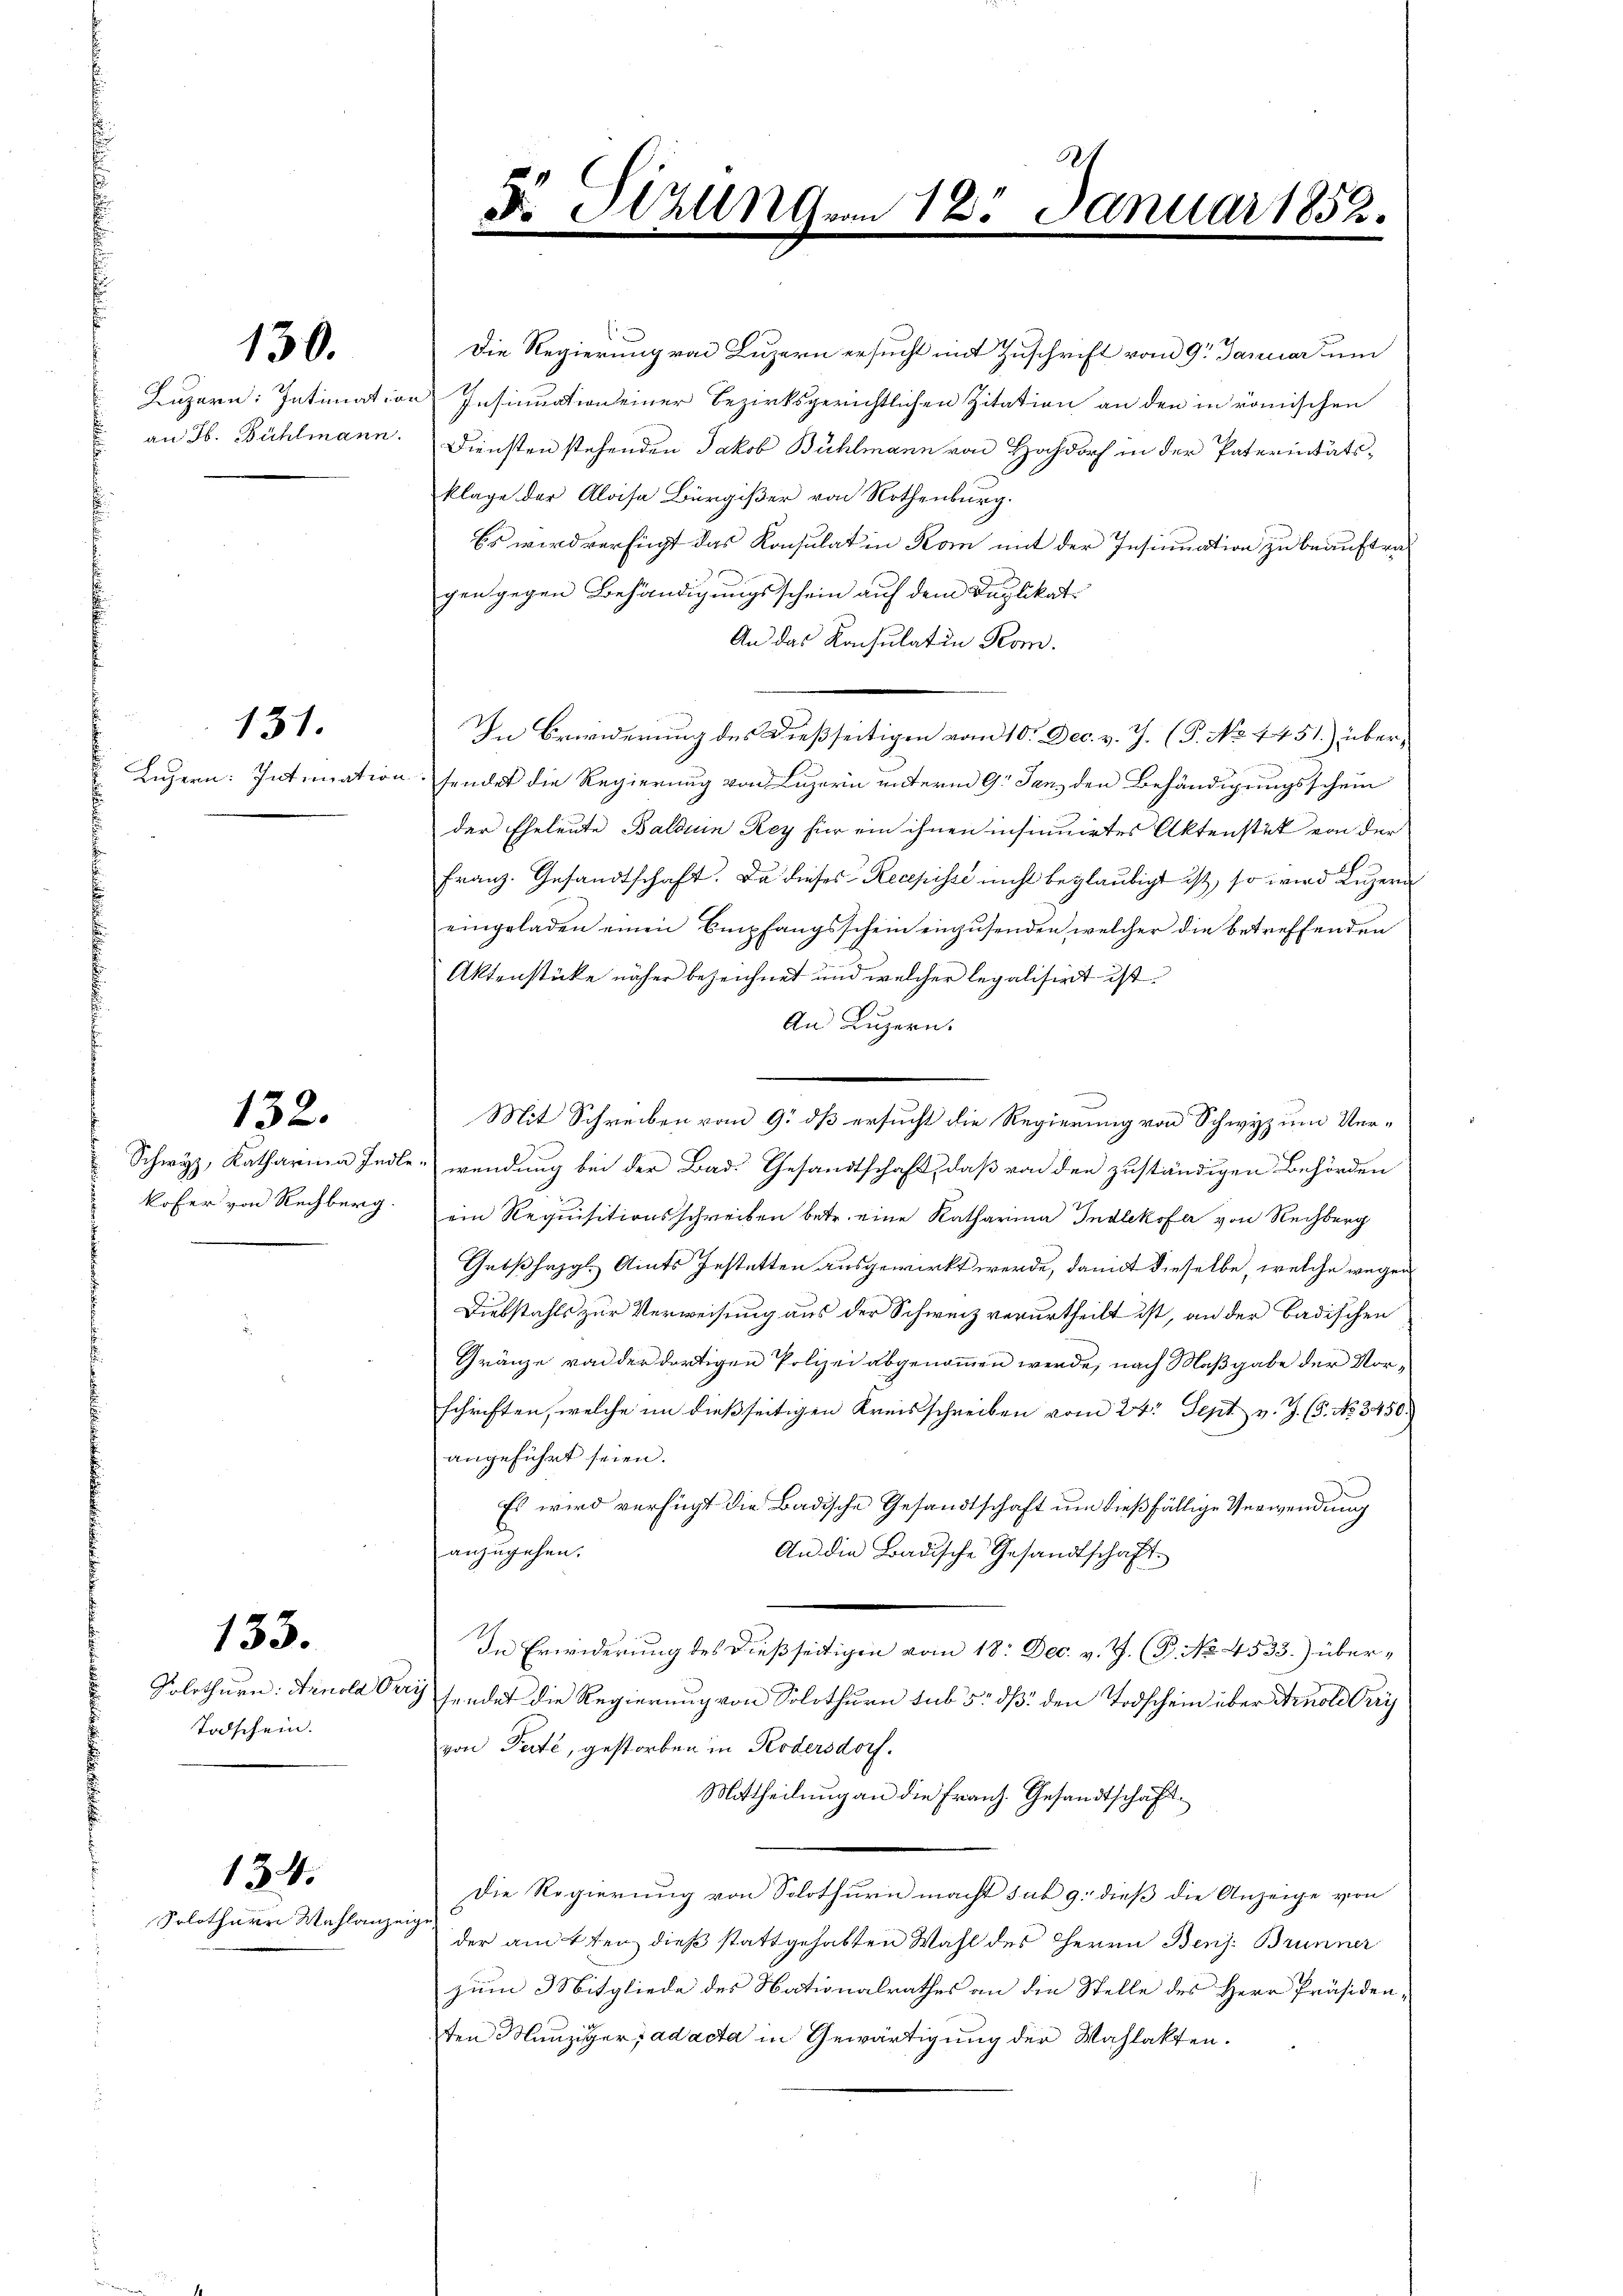
130.

Luzern: Intimation
an Jb. Bühlmann.

Luzern: Intimation

131.

132.

Schwyz, Katharina Indle
kofer von Rechberg

Solothurn: Arnold Ver
Todschein.

133.

134.

Solothurn Wahlanze

Die Regierung von Luzern ersucht mit Zuschrift vom 9. Januar um
Insinuation einer Bezirksgerichtlichen Zitation an den in römischen
Diensten stehenden Jakob Bühlmann von Hochdorf in der Paterinitätsklage der Aloisa Bürgißer von Nothenburg.
Es wird verfügt das Konsulat in Kom mit der Insinuation zu beauftragen gegen Behändigungsschein auf dem Kaplikat
An das Konsulatin Kom
In Erwiderung des Dießseitigen vom 10. Dec. v. J. (T. No 4451) übersendet die Regierung von Luzern unterm 9. Jan den Behändigungsschein
der Eheleute Balden Rey für ein ihnen insinuirtes Aktenstät von der
Franz. Gesandtschaft. Da dieses Recepisse nicht beglaubigt ist, so wird Luzern
eingeladen einen Empfangsschein einzusenden, welcher die betreffenden
Aktenstücke näher bezeichnet und welcher legalisirt ist.
An Luzern.

wendung bei der Bad. Gesandtschaft, daß von den zuständigen Behörden
ein Requisitionsschreiben betr. eine Katharina Indlekofer von Rechberg
Gebßhezgl. Amts Gestatten ausgewirkt werde, damit dieselbe, welche wegen
Diebstahls zur Verweisung aus der Schweiz verurtheilt ist, an der Badischen
Gränze von der dortigen Polizei abgenommen werde, nach Maßgabe der Vorschriften, welche im dießseitigen Kreisschreiben vom 24. Sept v. J. (5. No 3450.
angeführt seien.
Es wird verfügt die Badische Gesandtschaft um dießfällige Verwendung
anzugehen.
An die Badische Gesandtschaft
In Erwiderung des dießseitigen vom 18. Dec. v. J. (T. No. 4533.) übersendet die Regierung von Solothurn sub 5. dß den Todschein über Arnold Erri
von Parte, gestorben in Kodersdorf.
Mittheilung an die Franz. Gesandtschaft
Die Regierung von Solothurn macht sub 9: dieß die Anzeige von
d
der am 4ten dieß stattgehabten Wahl des Herrn Benj: Brunner
zum Mitgliede des Nationalrathes an die Stelle des Herr Präsiden-
en Manziger ad acta in Gewärtigung der Wahlakten.

2
N. Sitzung von 18. Januar 1852.

Mit Schreiben vom 9. dß ersucht die Regierung von Schwyz um Ver¬